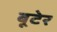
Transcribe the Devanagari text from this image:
बूटेर